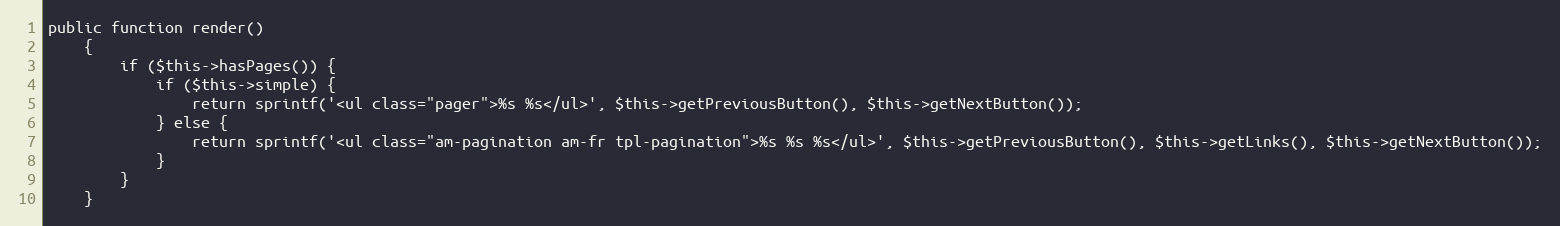
Language: PHP
public function render()
    {
        if ($this->hasPages()) {
            if ($this->simple) {
                return sprintf('<ul class="pager">%s %s</ul>', $this->getPreviousButton(), $this->getNextButton());
            } else {
                return sprintf('<ul class="am-pagination am-fr tpl-pagination">%s %s %s</ul>', $this->getPreviousButton(), $this->getLinks(), $this->getNextButton());
            }
        }
    }